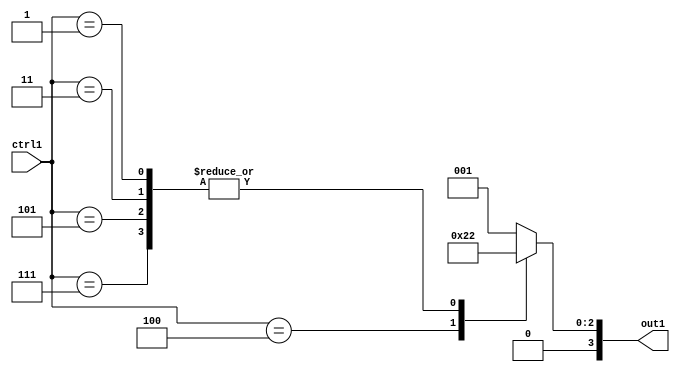
`timescale 1ps / 1ps
/*****************************************************************************
    Verilog RTL Description
    
    
    Created by: Stratus DpOpt 2019.1.01 
*******************************************************************************/

module GaussFilter_N_Mux_4_6_21_4 (
	ctrl1,
	out1
	); /* architecture "behavioural" */ 
input [3:0] ctrl1;
output [3:0] out1;
wire [3:0] asc001;

reg [3:0] asc001_tmp_0;
assign asc001 = asc001_tmp_0;
always @ (ctrl1) begin
	case (ctrl1)
		4'B0111 : asc001_tmp_0 = 4'B0010 ;
		4'B0101 : asc001_tmp_0 = 4'B0010 ;
		4'B0100 : asc001_tmp_0 = 4'B0100 ;
		4'B0011 : asc001_tmp_0 = 4'B0010 ;
		4'B0001 : asc001_tmp_0 = 4'B0010 ;
		default : asc001_tmp_0 = 4'B0001 ;
	endcase
end

assign out1 = asc001;
endmodule

/* CADENCE  v7nxTQs= : u9/ySgnWtBlWxVPRXgAZ4Og= ** DO NOT EDIT THIS LINE ******/